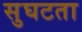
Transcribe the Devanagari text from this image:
सुघटता